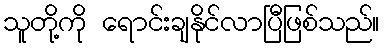
သူတို့ကို ရောင်းချနိုင်လာပြီဖြစ်သည်။